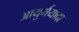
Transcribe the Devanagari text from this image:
आयुर्मयादा